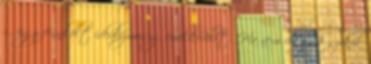
r., úgy fennkölt idealizmusig emelkedhet. Ha nem eléggé szökik